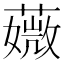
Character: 𦾡